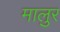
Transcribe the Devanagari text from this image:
मालुर